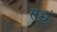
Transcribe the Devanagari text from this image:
सच्चं